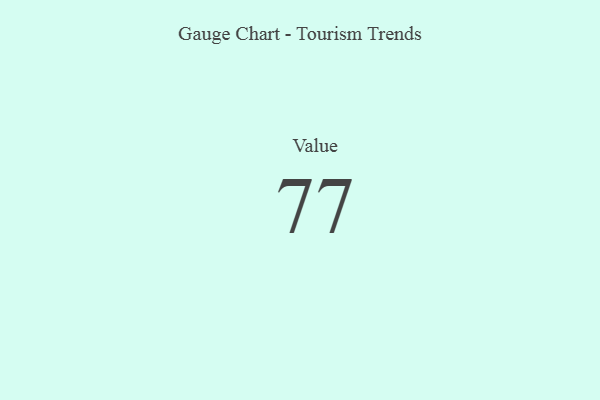
{"axis": {"x": "Metric", "y": "Value"}, "legend": [""], "data": [{"x": "Value", "y": 77, "type": ""}]}